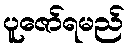
ပူဇော်ရမည်